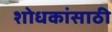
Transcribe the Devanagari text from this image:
शोधकांसाठी